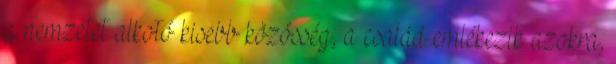
a nemzetet alkotó kisebb közösség, a család emlékezik azokra,